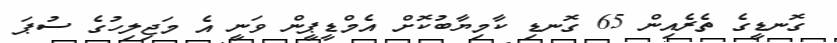
ގޮނޑީގެ ތެރެއިން 65 ގޮނޑި ކާމިޔާބުކޮށް އެމްޑީޕީން ވަނީ އެ މަޖިލިހުގެ ސުޕަ